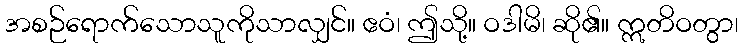
အစဉ်ရောက်သောသူကိုသာလျှင်။ ဧဝံ၊ ဤသို့။ ဝဒါမိ၊ ဆို၏။ ဣတိဝတွာ၊